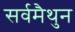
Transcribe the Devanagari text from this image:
सर्वमैथुन